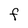
Character: F